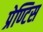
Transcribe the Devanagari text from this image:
प्रेण्टिस